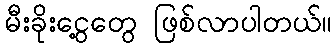
မီးခိုးငွေ့တွေ ဖြစ်လာပါတယ်။